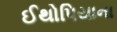
ઈથોપિયાના